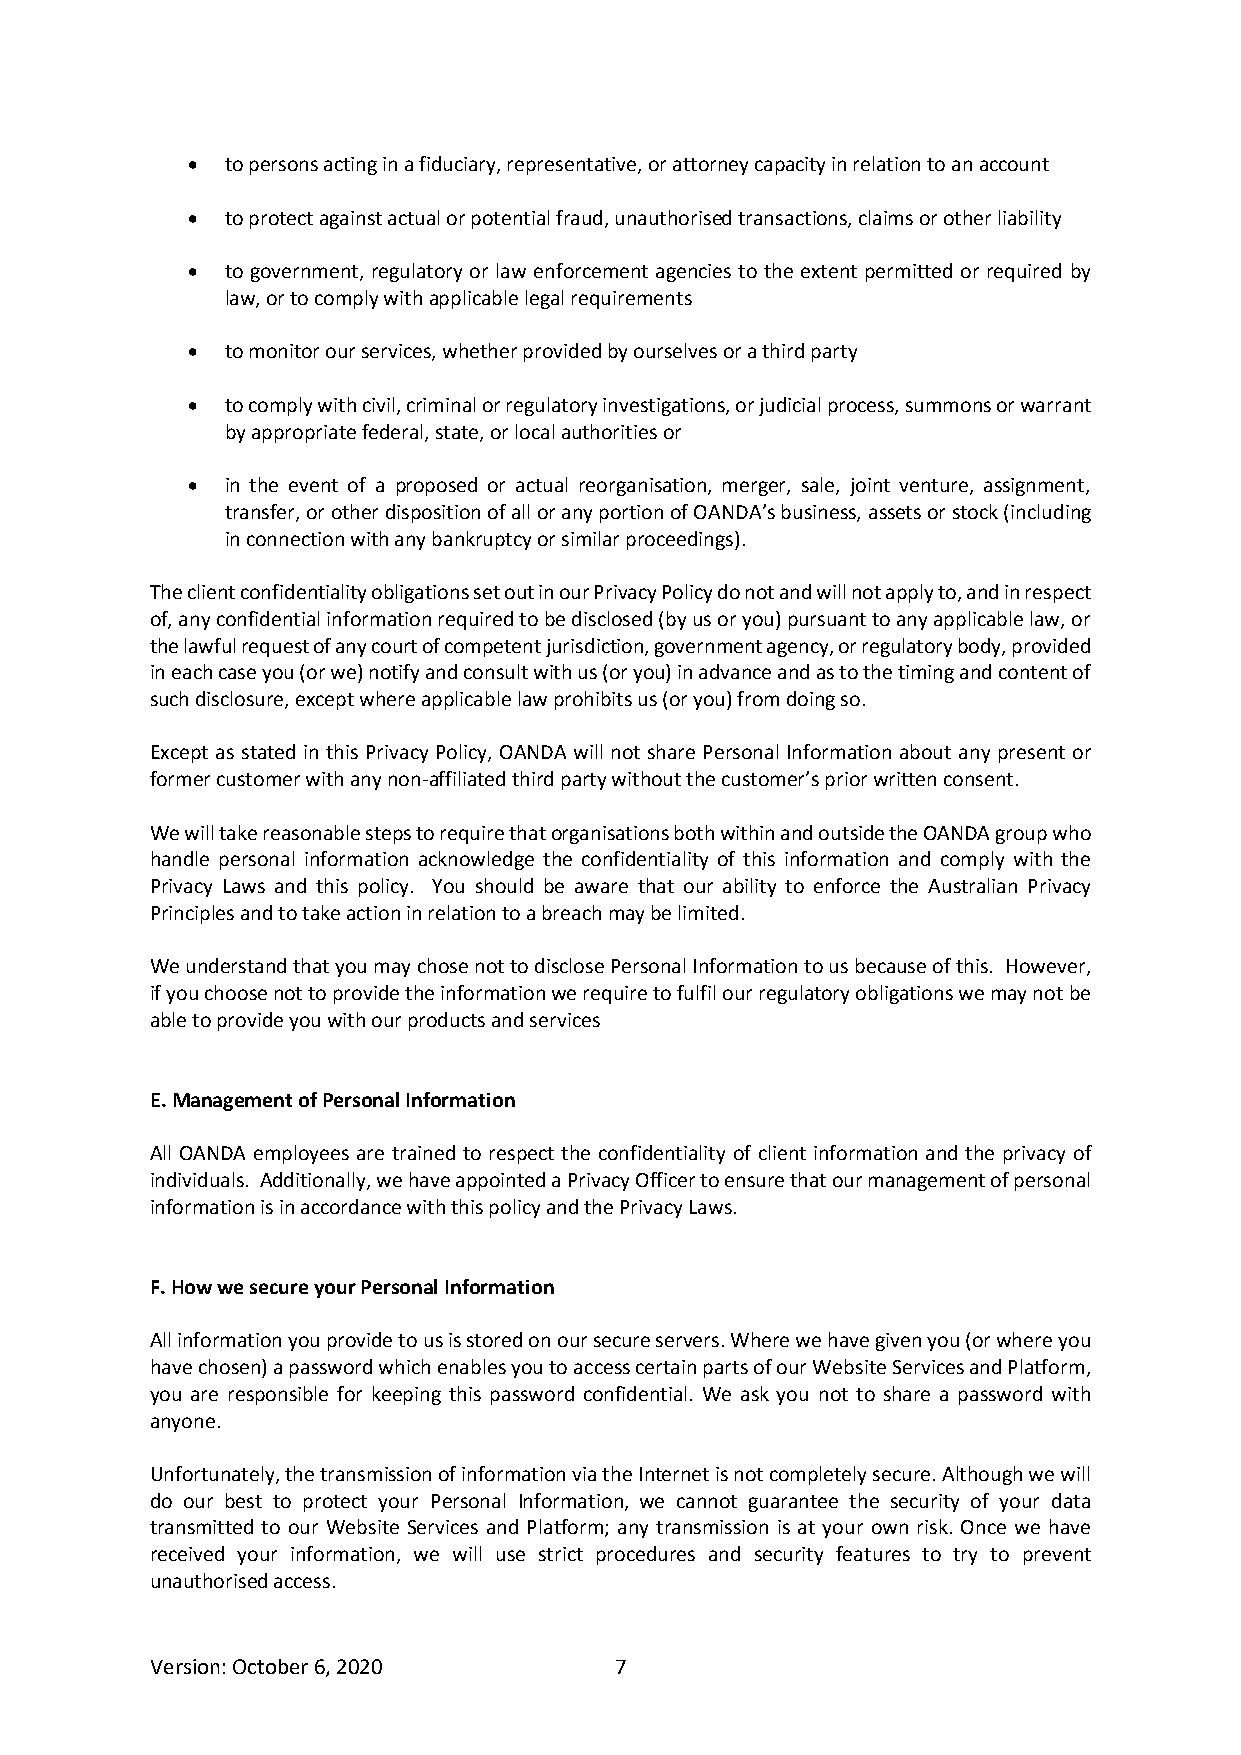
•  to persons acting in a fiduciary, representative, or attorney capacity in relation to an account
 •  to protect against actual or potential fraud, unauthorised transactions, claims or other liability
 •  to government, regulatory or law enforcement agencies to the extent permitted or required by
 law, or to comply with applicable legal requirements
 •  to monitor our services, whether provided by ourselves or a third party
 •  to comply with civil, criminal or regulatory investigations, or judicial process, summons or warrant
 by appropriate federal, state, or local authorities or
 •  in the event of a proposed or actual reorganisation, merger, sale, joint venture, assignment,
 transfer, or other disposition of all or any portion of OANDA’s business, assets or stock (including
 in connection with any bankruptcy or similar proceedings).
 The client confidentiality obligations set out in our Privacy Policy do not and will not apply to, and in respect
 of, any confidential information required to be disclosed (by us or you) pursuant to any applicable law, or
 the lawful request of any court of competent jurisdiction, government agency, or regulatory body, provided
 in each case you (or we) notify and consult with us (or you) in advance and as to the timing and content of
 such disclosure, except where applicable law prohibits us (or you) from doing so.
 Except as stated in this Privacy Policy, OANDA will not share Personal Information about any present or
 former customer with any non-affiliated third party without the customer’s prior written consent.
 We will take reasonable steps to require that organisations both within and outside the OANDA group who
 handle personal information acknowledge the confidentiality of this information and comply with the
 Privacy Laws and this policy. You should be aware that our ability to enforce the Australian Privacy
 Principles and to take action in relation to a breach may be limited.
 We understand that you may chose not to disclose Personal Information to us because of this. However,
 if you choose not to provide the information we require to fulfil our regulatory obligations we may not be
 able to provide you with our products and services
 E. Management of Personal Information
 All OANDA employees are trained to respect the confidentiality of client information and the privacy of
 individuals. Additionally, we have appointed a Privacy Officer to ensure that our management of personal
 information is in accordance with this policy and the Privacy Laws.
 F. How we secure your Personal Information
 All information you provide to us is stored on our secure servers. Where we have given you (or where you
 have chosen) a password which enables you to access certain parts of our Website Services and Platform,
 you are responsible for keeping this password confidential. We ask you not to share a password with
 anyone.
 Unfortunately, the transmission of information via the Internet is not completely secure. Although we will
 do our best to protect your Personal Information, we cannot guarantee the security of your data
 transmitted to our Website Services and Platform; any transmission is at your own risk. Once we have
 received your information, we will use strict procedures and security features to try to prevent
 unauthorised access.
 Version: October 6, 2020       7